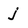
Character: j